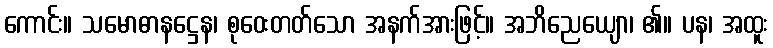
ကောင်း။ သမောဓာနဋ္ဌေန၊ စုဝေးတတ်သော အနက်အားဖြင့်။ အဘိညေယျော၊ ၏။ ပန၊ အထူး